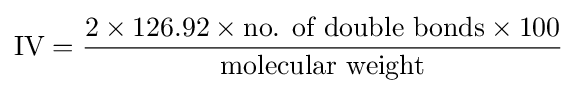
{\text{IV}}={\frac {2\times 126.92\times {\text{no. of double bonds}}\times 100}{\text{molecular weight}}}